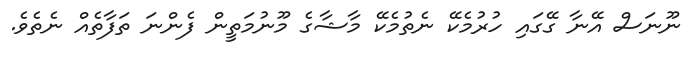
ނޫނަސް އޭނާ ގޭގައި ހުރުމެކޭ ނެތުމެކޭ މާޝާގެ މޫނުމަތީން ފެންނަ ތަފާތެއް ނެތެވެ.